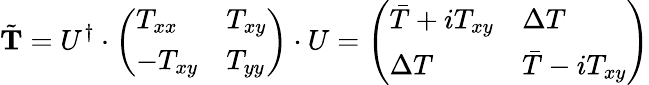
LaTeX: \tilde{{\mathbf T}}=U^{\dagger}\cdot\left(\begin{array}{ll}{T_{xx}}&{T_{xy}}\\ {-T_{xy}}&{T_{yy}}\end{array}\right)\cdot U=\left(\begin{array}{ll}{\bar{T}+iT_{xy}}&{\Delta T}\\ {\Delta T}&{\bar{T}-iT_{xy}}\end{array}\right)